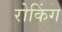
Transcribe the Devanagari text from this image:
रोकिंग